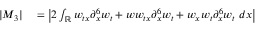
\begin{array} { r l } { | M _ { 3 } | } & { { } = \left| 2 \int _ { \mathbb R } w _ { t x } \partial _ { x } ^ { 6 } w _ { t } + w w _ { t x } \partial _ { x } ^ { 6 } w _ { t } + w _ { x } w _ { t } \partial _ { x } ^ { 6 } w _ { t } \ d x \right| } \end{array}